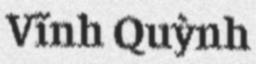
Vĩnh Quỳnh